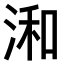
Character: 𣷓